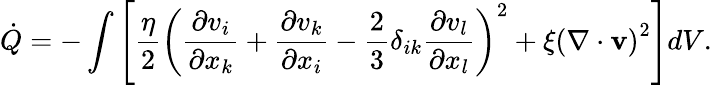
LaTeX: \dot{Q}=-\int\left[\frac{\eta}{2}\left(\frac{\partial v_{i}}{\partial x_{k}}+\frac{\partial v_{k}}{\partial x_{i}}-\frac{2}{3}\delta_{ik}\frac{\partial v_{l}}{\partial x_{l}}\right)^{2}+\xi\left(\nabla\cdot{\mathbf v}\right)^{2}\right]dV.